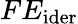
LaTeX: FE_{\mathrm{{ider}}}